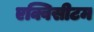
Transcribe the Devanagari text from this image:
एक्विसीटम